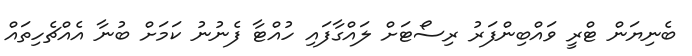
ބެނިޔަން ޓްރީ ވައްބިންފަރު ރިސޯޓަށް ލައްގާފައި ހުއްޓާ ފެނުނު ކަމަށް ބުނާ އެއްޗެހިތައް